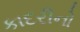
કાદરીનો